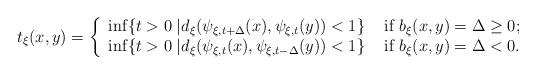
LaTeX: \begin{align*}t_\xi (x,y) = \left\{ \begin{array}{ll}\inf \{t>0 \; | d_\xi (\psi_{\xi, t+ \Delta } (x) ,\psi_{\xi, t} (y)) <1\} & \mbox{ if } b_\xi (x,y)=\Delta \geq 0 ; \\\inf \{t >0 \; | d_\xi (\psi_{\xi, t} (x),\psi_{\xi,t-\Delta } (y)) <1\} & \mbox{ if } b_\xi (x,y)=\Delta < 0. \end{array} \right.\end{align*}